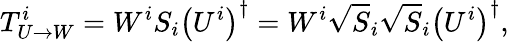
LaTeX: T_{U\rightarrow W}^{i}=W^{i}S_{i}\left(U^{i}\right)^{\dagger}=W^{i}\sqrt{S}_{i}\sqrt{S}_{i}\left(U^{i}\right)^{\dagger},